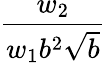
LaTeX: \frac{w_{2}}{w_{1}b^{2}\sqrt{b}}